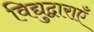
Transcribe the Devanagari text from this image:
विद्युद्वाराएँ